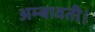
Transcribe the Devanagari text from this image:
अम्बावती।